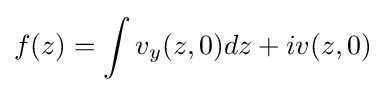
f(z)=\int v_{y}(z,0)dz+iv(z,0)